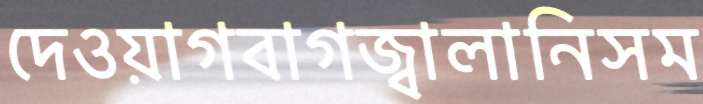
দেওয়াগবাগজ্বালানিসম